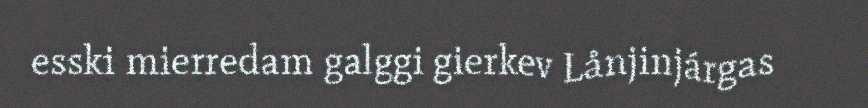
esski mierredam galggi gierkev Lånjinjárgas